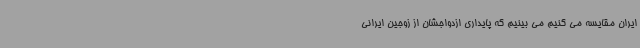
ایران مقایسه می کنیم می بینیم که پایداری ازدواجشان از زوجین ایرانی